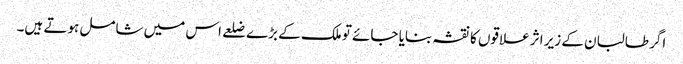
اگر طالبان کے زیر اثر علاقوں کا نقشہ بنایا جائے تو ملک کے بڑے ضلعے اس میں شامل ہوتے ہیں۔